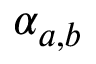
\alpha _ { a , b }